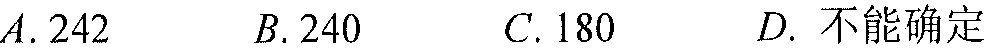
\(A.242\qquad B.240\qquad C.180\qquad D. \text{不能确定}\)